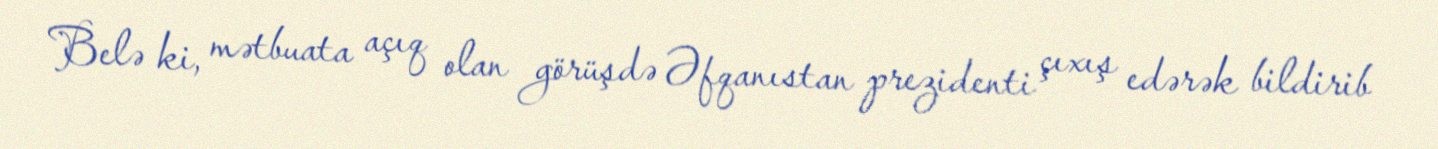
Belə ki, mətbuata açıq olan görüşdə Əfqanıstan prezidenti çıxış edərək bildirib